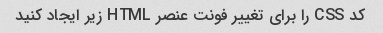
کد CSS را برای تغییر فونت عنصر HTML زیر ایجاد کنید